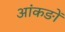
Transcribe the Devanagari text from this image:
आंकङों